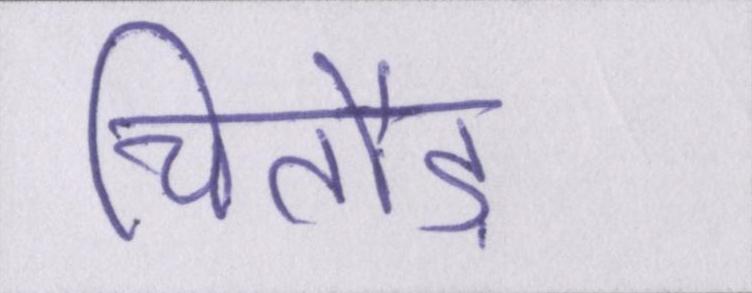
चितौड़